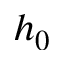
h _ { 0 }